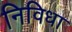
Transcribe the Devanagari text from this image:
निविधा